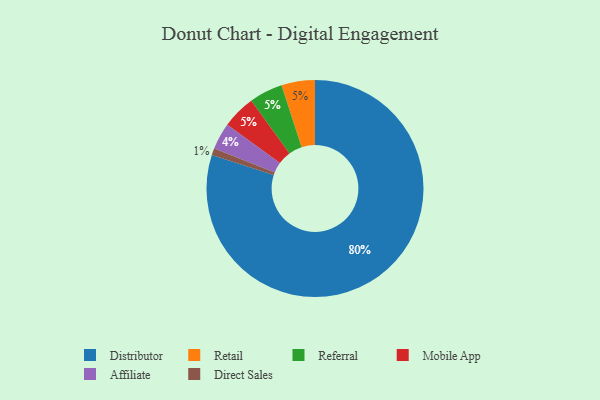
{"axis": {"x": "Category", "y": "Percentage"}, "legend": ["Affiliate", "Direct Sales", "Distributor", "Mobile App", "Referral", "Retail"], "data": [{"x": "Affiliate", "y": 4, "type": "Affiliate"}, {"x": "Direct Sales", "y": 1, "type": "Direct Sales"}, {"x": "Retail", "y": 5, "type": "Retail"}, {"x": "Referral", "y": 5, "type": "Referral"}, {"x": "Mobile App", "y": 5, "type": "Mobile App"}, {"x": "Distributor", "y": 80, "type": "Distributor"}]}